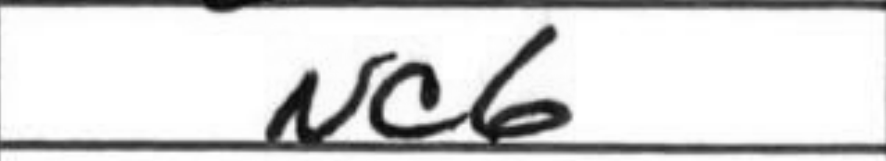
Transcription: Nc6